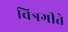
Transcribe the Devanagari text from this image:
चित्रगीते